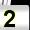
Digit: 2